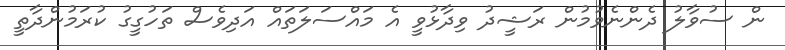
ން ސުވާލު ދެންނެވުމުން ރަޝީދު ވިދާޅުވީ އެ މައްސަލަތައް އަދިވެސް ތަހުގީގު ކުރަމުންދާތީ